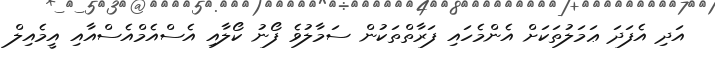
އަދި އެފަދަ ޢަމަލުތަކަށް އެންމެހައި ފަރާތްތަކުން ސަމާލުވެ ފޯނު ކޯލާއި އެސްއެމްއެސްއާއި އީމެއިލް